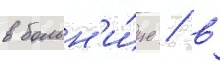
в больн'и́це / в